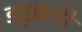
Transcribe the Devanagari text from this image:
ड्यूकनी